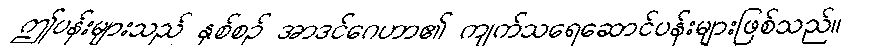
ဤပန်းများသည် နှစ်စဉ် အာဒင်ဂေဟာ၏ ကျက်သရေဆောင်ပန်းများဖြစ်သည်။